Plague in India, 1896, 1897 - Volume 1
Year: 1896
Disease focus: Plague
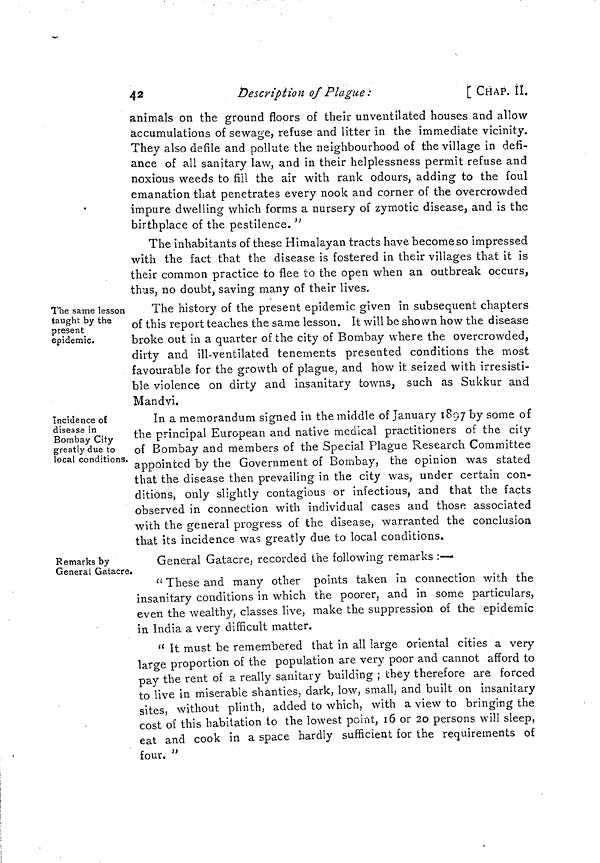
42
Description of Plague :
[ CHAP. II.
animals on the ground floors of their unventilated houses and allow
accumulations of sewage, refuse and litter in the immediate vicinity.
They also defile and pollute the neighbourhood of the village in defi-
ance of all sanitary law, and in their helplessness permit refuse and
noxious weeds to fill the air with rank odours, adding to the foul
emanation that penetrates every nook and corner of the overcrowded
impure dwelling which forms a nursery of zymotic disease, and is the
birthplace of the pestilence. "
The inhabitants of these Himalayan tracts have become so impressed
with the fact that the disease is fostered in their villages that it is
their common practice to flee to the open when an outbreak occurs,
thus, no doubt, saving many of their lives.
The same lesson
taught by the
present
epidemic.
The history of the present epidemic given in subsequent chapters
of this report teaches the same lesson. It will be shown how the disease
broke out in a quarter of the city of Bombay where the overcrowded,
dirty and ill-ventilated tenements presented conditions the most
favourable for the growth of plague, and how it seized with irresisti-
ble violence on dirty and insanitary towns, such as Sukkur and
Mandvi.
Incidence of
disease in
Bombay City
greatly due to
local conditions.
In a memorandum signed in the middle of January 1897 by some of
the principal European and native medical practitioners of the city
of Bombay and members of the Special Plague Research Committee
appointed by the Government of Bombay, the opinion was stated
that the disease then prevailing in the city was, under certain con-
ditions, only slightly contagious or infectious, and that the facts
observed in connection with individual cases and those associated
with the general progress of the disease, warranted the conclusion
that its incidence was greatly due to local conditions.
Remarks by
General Gatacre.
General Gatacre, recorded the following remarks :—
" These and many other points taken in connection with the
insanitary conditions in which the poorer, and in some particulars,
even the wealthy, classes live, make the suppression of the epidemic
in India a very difficult matter.
" It must be remembered that in all large oriental cities a very
large proportion of the population are very poor and cannot afford to
pay the rent of a really sanitary building ; they therefore are forced
to live in miserable shanties, dark, low, small, and built on insanitary
sites, without plinth, added to which, with a view to bringing the
cost of this habitation to the lowest point, 16 or 20 persons will sleep,
eat and cook in a space hardly sufficient for the requirements of
four. "